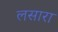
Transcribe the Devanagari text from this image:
लसारा